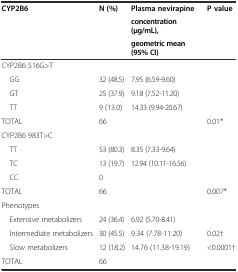
<table><thead><tr><td rowspan="3"><b>CYP2B6</b></td><td rowspan="3"><b>N (%)</b></td><td><b>Plasma nevirapine</b></td><td rowspan="3"><b>P value</b></td></tr><tr><td><b>concentration (μg/mL),</b></td></tr><tr><td><b>geometric mean (95% CI)</b></td></tr></thead><tbody><tr><td colspan="4">CYP2B6 516G&gt;T</td></tr><tr><td> GG</td><td>32 (48.5)</td><td>7.95 (6.59-9.60)</td><td>[EMPTY_CELL]</td></tr><tr><td> GT</td><td>25 (37.9)</td><td>9.18 (7.52-11.20)</td><td>[EMPTY_CELL]</td></tr><tr><td> TT</td><td>9 (13.0)</td><td>14.33 (9.94-20.67)</td><td>[EMPTY_CELL]</td></tr><tr><td>TOTAL</td><td>66</td><td>[EMPTY_CELL]</td><td>0.01*</td></tr><tr><td colspan="4">CYP2B6 983T&gt;C</td></tr><tr><td> TT</td><td>53 (80.3)</td><td>8.35 (7.33-9.64)</td><td>[EMPTY_CELL]</td></tr><tr><td> TC</td><td>13 (19.7)</td><td>12.94 (10.11-16.56)</td><td>[EMPTY_CELL]</td></tr><tr><td> CC</td><td>0</td><td>[EMPTY_CELL]</td><td>[EMPTY_CELL]</td></tr><tr><td>TOTAL</td><td>66</td><td>[EMPTY_CELL]</td><td>0.007*</td></tr><tr><td colspan="4">Phenotypes</td></tr><tr><td> Extensive metabolizers</td><td>24 (36.4)</td><td>6.92 (5.70-8.41)</td><td>[EMPTY_CELL]</td></tr><tr><td> Intermediate metabolizers</td><td>30 (45.5)</td><td>9.34 (7.78-11.20)</td><td>0.02†</td></tr><tr><td> Slow metabolizers</td><td>12 (18.2)</td><td>14.76 (11.38-19.19)</td><td>&lt;0.0001†</td></tr><tr><td>TOTAL</td><td>66</td><td>[EMPTY_CELL]</td><td>[EMPTY_CELL]</td></tr></tbody></table>